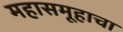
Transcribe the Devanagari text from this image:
महासमूहाचा